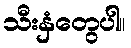
သီးနှံတွေပါ။